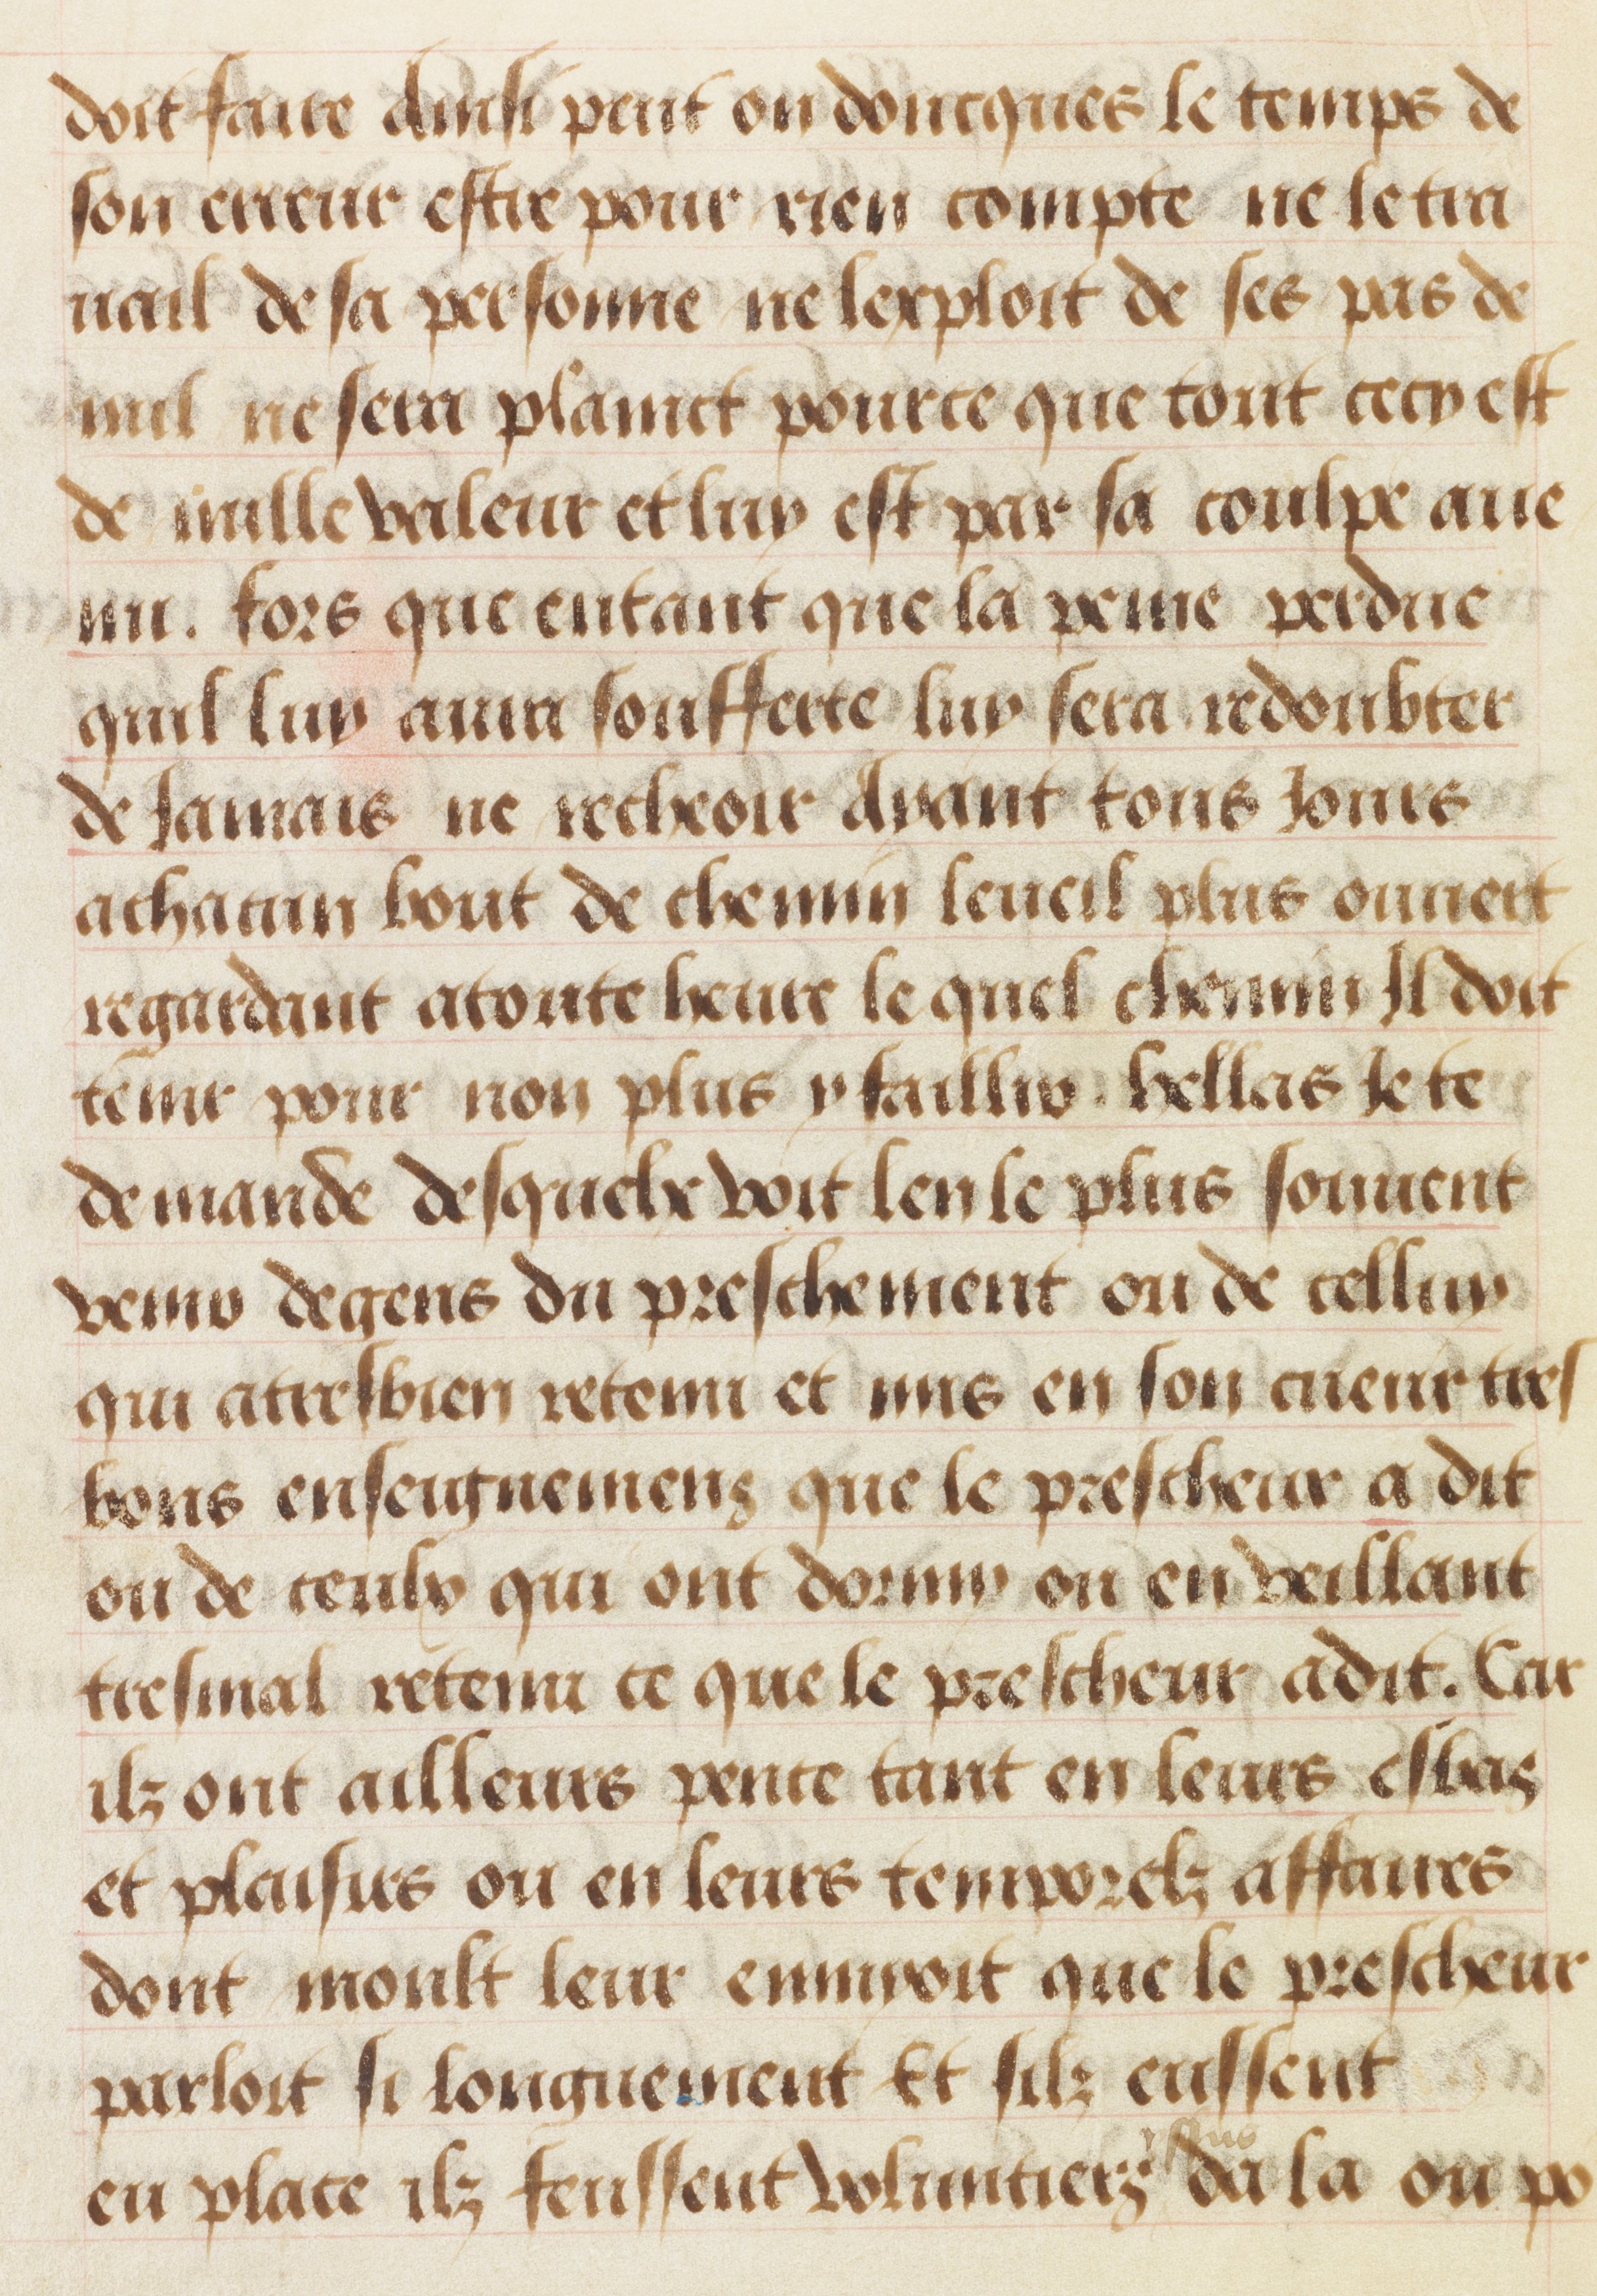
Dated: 1455–1485